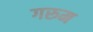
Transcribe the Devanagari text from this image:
गरुम